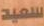
سعيد